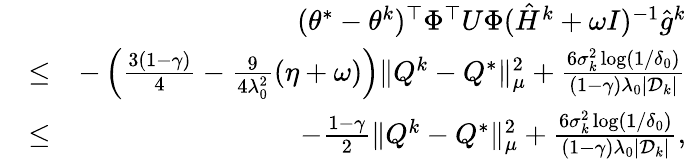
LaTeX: \begin{array}{rlr}&{}&{(\theta^{*}-\theta^{k})^{\top}\Phi^{\top}U\Phi(\hat{H}^{k}+\omega I)^{-1}\hat{g}^{k}}\\ &{\leq}&{-\left(\frac{3(1-\gamma)}{4}-\frac{9}{4\lambda_{0}^{2}}(\eta+\omega)\right)\| Q^{k}-Q^{*}\| _{\mu}^{2}+\frac{6\sigma_{k}^{2}\log(1/\delta_{0})}{(1-\gamma)\lambda_{0}|\mathcal{D}_{k}|}}\\ &{\leq}&{-\frac{1-\gamma}{2}\| Q^{k}-Q^{*}\| _{\mu}^{2}+\frac{6\sigma_{k}^{2}\log(1/\delta_{0})}{(1-\gamma)\lambda_{0}|\mathcal{D}_{k}|},}\end{array}